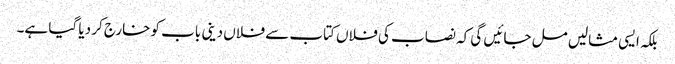
بلکہ ایسی مثالیں مل جائیں گی کہ نصاب کی فلاں کتاب سے فلاں دینی باب کو خارج کر دیا گیا ہے۔